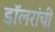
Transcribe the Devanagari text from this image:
डॉलरांची